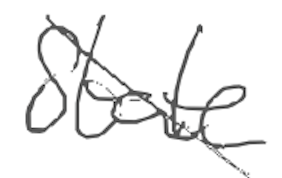
Text: state
Cross-out: diagonal
Writing tool: digital_gray